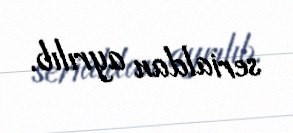
serialdan ayrılıb.